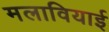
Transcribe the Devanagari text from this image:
मलावियाई